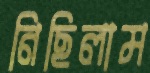
নিছিলাম